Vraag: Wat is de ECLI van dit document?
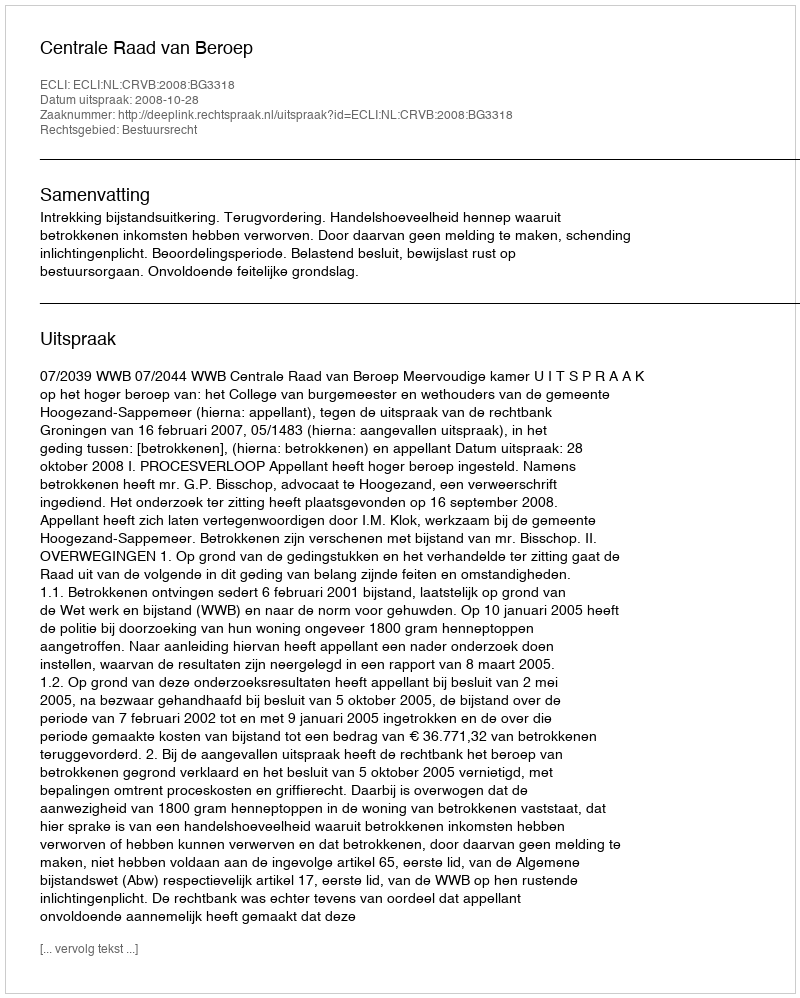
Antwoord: ECLI:NL:CRVB:2008:BG3318